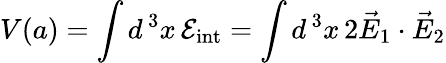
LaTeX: V(a)=\int d^{\, 3}x\, {\cal E}_{\mathrm{int}}=\int d^{\, 3}x\, 2\vec{E}_{1}\cdot\vec{E}_{2}